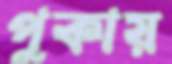
পুকায়